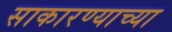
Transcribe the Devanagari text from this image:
साकारण्याच्या